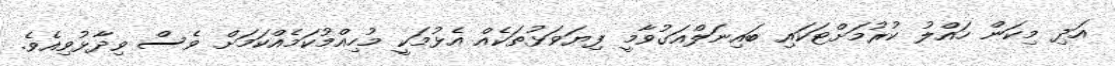
އަދި މިކަން ހައްލު ކުރުމަށްޓަކައި ބައިނަލްއަގުވާމީ ފިޔަވަޅުތަކެއް އެޅުމަކީ މުހިއްމުކަމެއްކަމަށް ވެސް ވިދާޅުވިއެވެ.